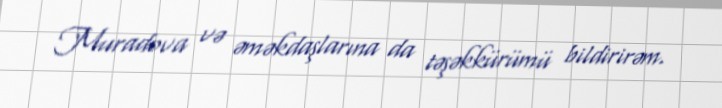
Muradova və əməkdaşlarına da təşəkkürümü bildirirəm.